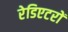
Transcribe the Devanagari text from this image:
रेडिएटरों